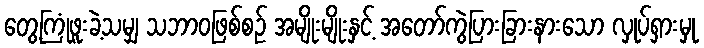
တွေ့ကြုံဖူးခဲ့သမျှ သဘာဝဖြစ်စဉ် အမျိုးမျိုးနှင့် အတော်ကွဲပြားခြားနားသော လှုပ်ရှားမှု